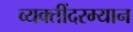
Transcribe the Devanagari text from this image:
व्यक्तींदरम्यान